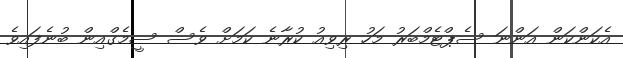
އެކަންކަން އަންނަ ސެޕްޓެމްބަރު މަހު ރިވިއު ކުރާނެ ކަމަށް ވެސް ސީމެގްއިން ބުނެފައިވެ